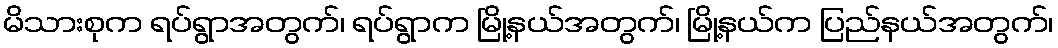
မိသားစုက ရပ်ရွာအတွက်၊ ရပ်ရွာက မြို့နယ်အတွက်၊ မြို့နယ်က ပြည်နယ်အတွက်၊